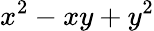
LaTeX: x^{2}-xy+y^{2}